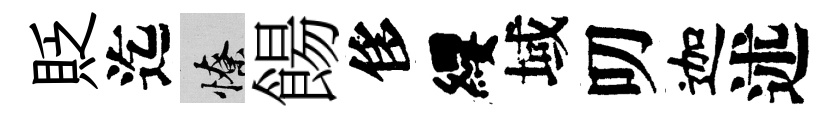
貶迄憭餳侈纓域叨迦述